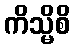
ကိသ္မိစိ